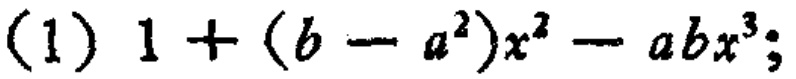
(1) \(1+(b - a^{2})x^{2}-abx^{3}\);